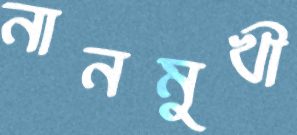
নানমুখী